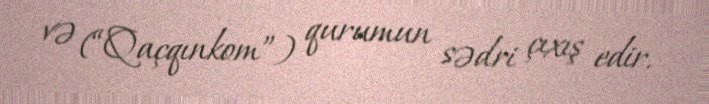
və (“Qaçqınkom”) qurumun sədri çıxış edir.